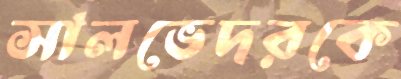
সালভেদরকে